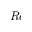
R e